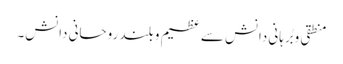
منطقی و بُرہانی دانش سے عظیم و بلند روحانی دانش۔